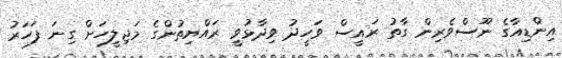
އިންޑިއާގެ ނޫސްވެރިން ގާތު ރައީސް ވަހީދު ވިދާޅުވީ ރައްޔިތުންގެ މަޖިލީހަށް ގިނަ ފަހަރު